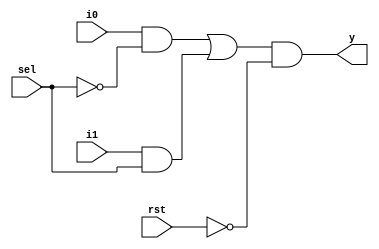

module mux2to1(y, i0, i1, sel, rst);
input i0, i1, sel, rst;
output y;
wire [4:0] w;
not g1 (w[0],rst); // w[0] is rst_bar;
not g2 (w[1], sel);
and g3 (w[2], i0, w[1]);
and g4 (w[3], i1, sel);
or g5 (w[4], w[2], w[3]);
and g6 (y,w[4],w[0]);
endmodule